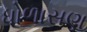
ધોળાસણ